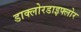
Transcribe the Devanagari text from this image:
डाक्लोरडाइफ्लोर